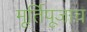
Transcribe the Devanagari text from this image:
मूर्तिपूजाच